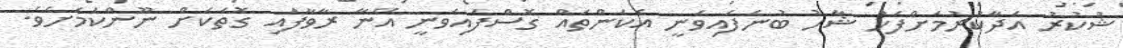
ޝުކުރު އަދާކުރުމަށްފަހު ޝާހު ބުނެފައިވަނީ އެކަންތައް ގޮސްފައިވަނީ އޭނާ ރާވާފައި ގޮތަކަށް ނޫންކަމަށެވެ.